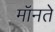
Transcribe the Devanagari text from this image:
मॉनते